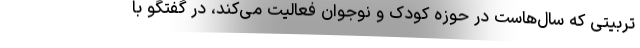
تربیتی که سال‌هاست در حوزه کودک و نوجوان فعالیت می‌کند، در گفتگو با